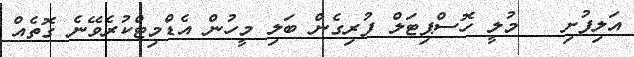
އަލިފުށި   މުލީ ހޮސްޕިޓަލް ފުރިގެން ބަލި މީހުން އެޑްމިޓްކުރެވޭނެ ގޮތެއް